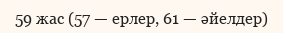
59 жас (57 — ерлер, 61 — әйелдер)